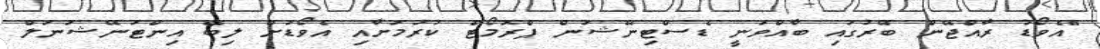
"އެވޯޑު ރާއްޖޭން ބޭރުގައި ބާއްވަނީ ޑެސްޓިނޭޝަން ޕްރޮމޯޓް ކުރުމަށާއި އެވޯޑަށް ލިބޭ އިންޓަނޭޝަނަލް